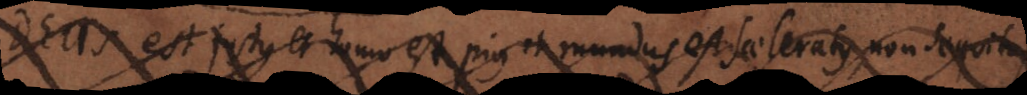
est justus et homo est pius et mundus est sceleratus non sequitur